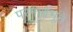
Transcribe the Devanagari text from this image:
परमार्थभूते